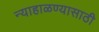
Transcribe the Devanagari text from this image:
न्याहाळण्यासाठी